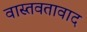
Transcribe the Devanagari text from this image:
वास्तवतावाद